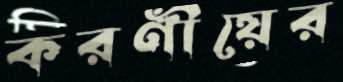
করণীয়ের